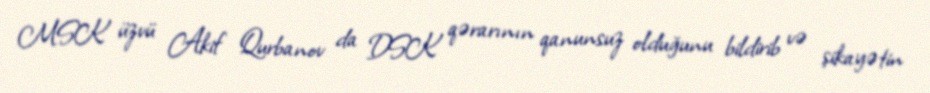
MSK üzvü Akif Qurbanov da DSK qərarının qanunsuz olduğunu bildirib və şikayətin